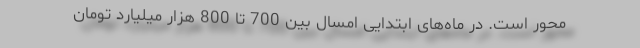
محور است. در ماه‌های ابتدایی امسال بین 700 تا 800 هزار میلیارد تومان